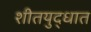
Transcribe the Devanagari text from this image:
शीतयुद्धात